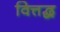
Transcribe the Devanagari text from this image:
वित्तद्ध